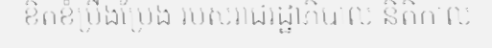
ខិតខំប្រឹងប្រែង របស់រាជរដ្ឋាភិបាល និតិកាល